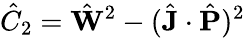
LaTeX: \hat{C}_{2}=\hat{\mathbf{W}}^{2}-(\hat{\mathbf{J}}\cdot\hat{\mathbf{P}})^{2}